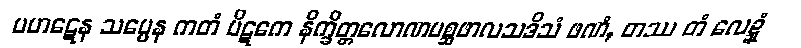
ပဟဋေန သပ္ပေန ကတံ ပိဋကေ နိက္ခိတ္တလောဏမစ္ဆဖာလသဒိသံ ဖဏံ, တဿ တံ လေဍ္ဍုံ